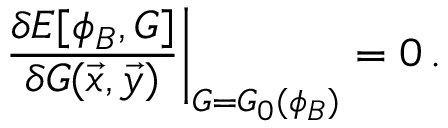
\left. \frac { \delta E [ \phi _ { B } , G ] } { \delta G ( \vec { x } , \vec { y } ) } \right| _ { G = G _ { 0 } ( \phi _ { B } ) } = 0 \, .